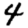
Digit: 4